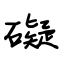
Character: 礙